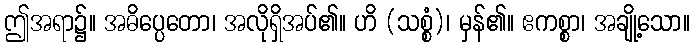
ဤအရာ၌။ အဓိပ္ပေတော၊ အလိုရှိအပ်၏။ ဟိ (သစ္စံ)၊ မှန်၏။ ဧကစ္စာ၊ အချို့သော။